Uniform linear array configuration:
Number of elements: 4
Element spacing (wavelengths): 1
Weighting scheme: kaiser
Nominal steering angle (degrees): -45
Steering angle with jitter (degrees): -43.267
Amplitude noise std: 0.05
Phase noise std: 0.05

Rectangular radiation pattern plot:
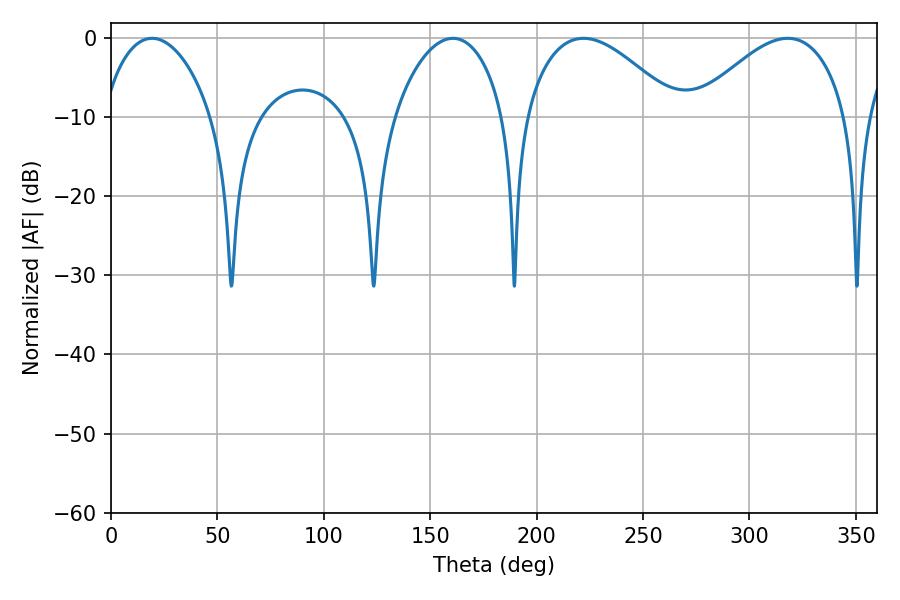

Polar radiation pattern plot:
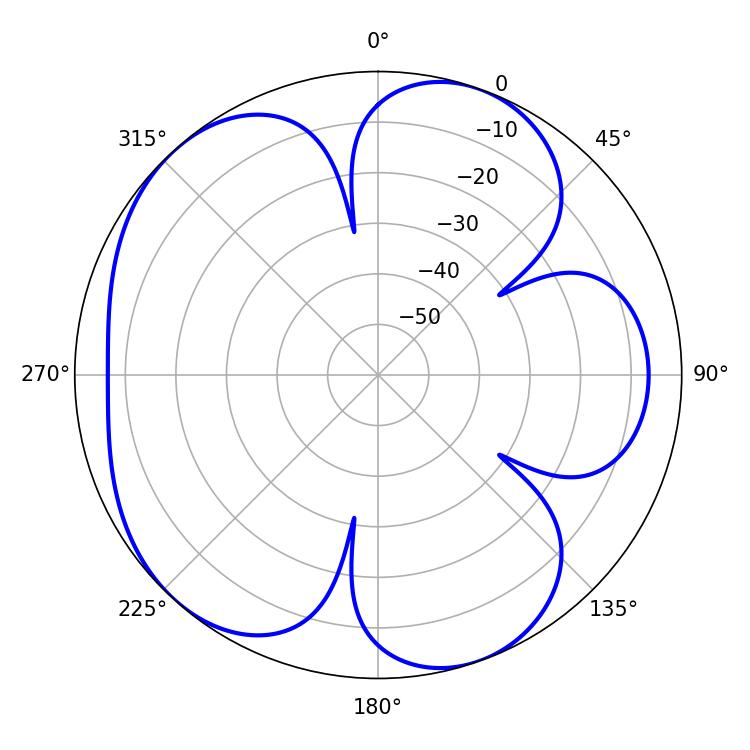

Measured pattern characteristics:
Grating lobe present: TRUE
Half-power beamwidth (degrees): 29.16
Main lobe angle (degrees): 19.26